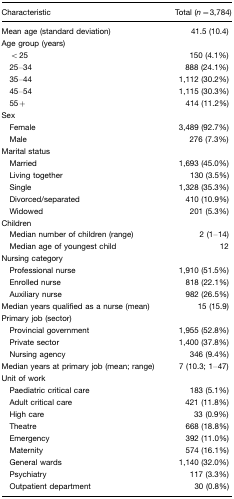
<table><thead><tr><td><b>Characteristic</b></td><td><b>Total (<i>n</i>=3,784)</b></td></tr></thead><tbody><tr><td>Mean age (standard deviation)</td><td>41.5 (10.4)</td></tr><tr><td>Age group (years)</td><td></td></tr><tr><td> &lt; 25</td><td>150 (4.1%)</td></tr><tr><td> 25–34</td><td>888 (24.1%)</td></tr><tr><td> 35–44</td><td>1,112 (30.2%)</td></tr><tr><td> 45–54</td><td>1,115 (30.3%)</td></tr><tr><td> 55+</td><td>414 (11.2%)</td></tr><tr><td>Sex</td><td></td></tr><tr><td> Female</td><td>3,489 (92.7%)</td></tr><tr><td> Male</td><td>276 (7.3%)</td></tr><tr><td>Marital status</td><td></td></tr><tr><td> Married</td><td>1,693 (45.0%)</td></tr><tr><td> Living together</td><td>130 (3.5%)</td></tr><tr><td> Single</td><td>1,328 (35.3%)</td></tr><tr><td> Divorced/separated</td><td>410 (10.9%)</td></tr><tr><td> Widowed</td><td>201 (5.3%)</td></tr><tr><td>Children</td><td></td></tr><tr><td> Median number of children (range)</td><td>2 (1–14)</td></tr><tr><td> Median age of youngest child</td><td>12</td></tr><tr><td>Nursing category</td><td></td></tr><tr><td> Professional nurse</td><td>1,910 (51.5%)</td></tr><tr><td> Enrolled nurse</td><td>818 (22.1%)</td></tr><tr><td> Auxiliary nurse</td><td>982 (26.5%)</td></tr><tr><td>Median years qualified as a nurse (mean)</td><td>15 (15.9)</td></tr><tr><td>Primary job (sector)</td><td></td></tr><tr><td> Provincial government</td><td>1,955 (52.8%)</td></tr><tr><td> Private sector</td><td>1,400 (37.8%)</td></tr><tr><td> Nursing agency</td><td>346 (9.4%)</td></tr><tr><td>Median years at primary job (mean; range)</td><td>7 (10.3; 1–47)</td></tr><tr><td>Unit of work</td><td></td></tr><tr><td> Paediatric critical care</td><td>183 (5.1%)</td></tr><tr><td> Adult critical care</td><td>421 (11.8%)</td></tr><tr><td> High care</td><td>33 (0.9%)</td></tr><tr><td> Theatre</td><td>668 (18.8%)</td></tr><tr><td> Emergency</td><td>392 (11.0%)</td></tr><tr><td> Maternity</td><td>574 (16.1%)</td></tr><tr><td> General wards</td><td>1,140 (32.0%)</td></tr><tr><td> Psychiatry</td><td>117 (3.3%)</td></tr><tr><td> Outpatient department</td><td>30 (0.8%)</td></tr></tbody></table>